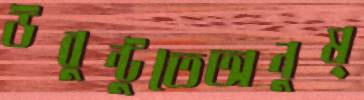
উবুন্টুতেঅনুষ্